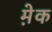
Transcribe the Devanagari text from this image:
मे़क